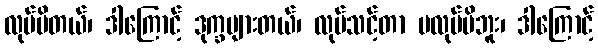
လုပ်မိတယ်၊ ဒါကြောင့် ဒုက္ခများတယ်၊ လုပ်သင့်တာ မလုပ်မိဘူး၊ ဒါကြောင့်